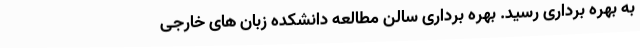
به بهره برداری رسید. بهره برداری سالن مطالعه دانشکده زبان های خارجی